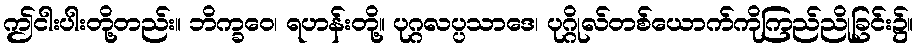
ဤငါးပါးတို့တည်း။ ဘိက္ခဝေ၊ ရဟန်းတို့။ ပုဂ္ဂလပ္ပသာဒေ၊ ပုဂ္ဂိုလ်တစ်ယောက်ကိုကြည်ညိုခြင်း၌။